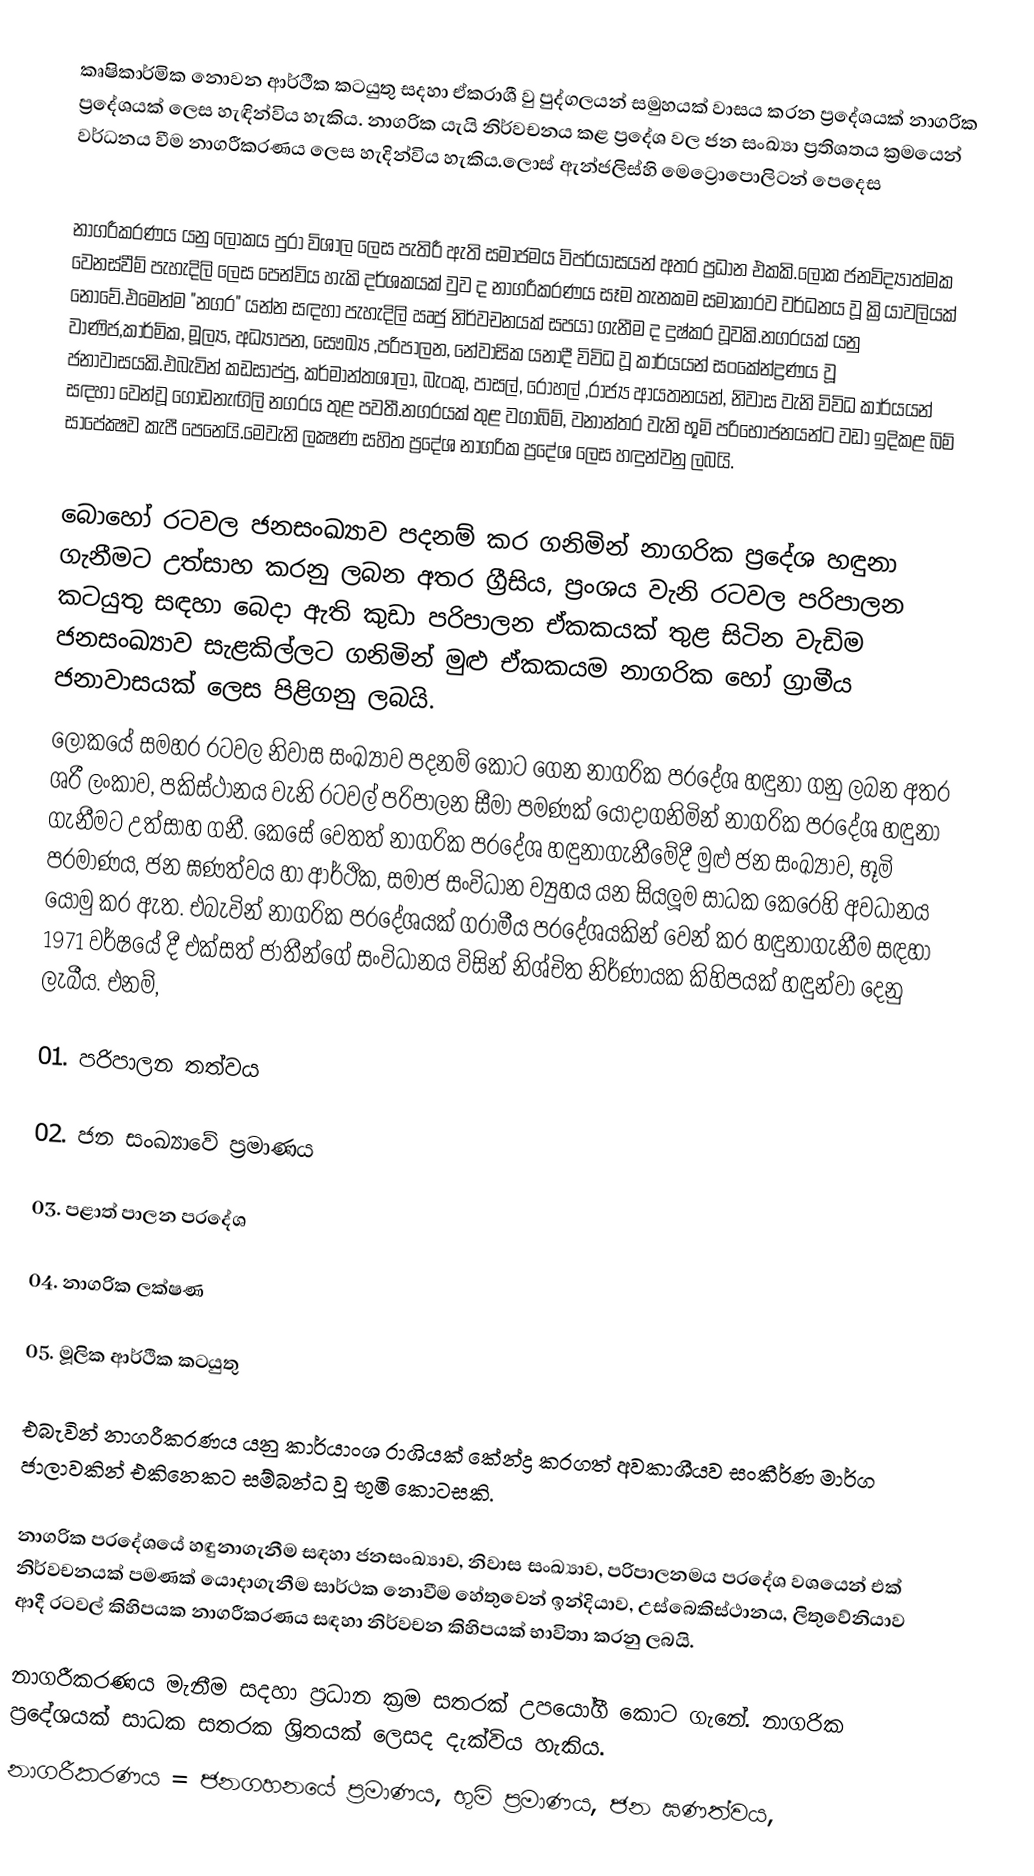
කෘෂිකාර්මික නොවන ආර්ථීක කටයුතු සදහා ඒකරාශී වු පුද්ගලයන් සමුහයක් වාසය කරන ප්‍රදේශයක් නාගරික ප්‍රදේශයක් ලෙස හැඳින්විය හැකිය. නාගරික යැයි නිර්වචනය කළ ප්‍රදේශ වල ජන සංඛ්‍යා ප්‍රතිශතය ක්‍රමයෙන් වර්ධනය වීම නාගරීකරණය ලෙස හැදින්විය හැකිය.ලොස් ඇන්ජලිස්හි මෙට්‍රොපොලිටන් පෙදෙස

නාගරීකරණය යනු ලෝකය පුරා විශාල ලෙස පැතිරී ඇති සමාජමය විපර්යාසයන් අතර ප්‍රධාන එකකි.ලෝක ජනවිද්‍යාත්මක වෙනස්‍වීම් පැහැදිලි ලෙස පෙන්විය හැකි දර්ශකයක් වුව ද නාගරීකරණය සෑම තැනකම සමාකාරව වර්ධනය වූ ක්‍රියාවලියක් නොවේ.එමෙන්ම "නගර" යන්න සඳහා පැහැදිලි ඍජු නිර්වචනයක් සපයා ගැනීම ද දුෂ්කර වූවකි.නගරයක් යනු වාණිජ,කාර්මික, මූල්‍ය, අධ්‍යාපන, සෞඛ්‍ය ,පරිපාලන, නේවාසික යනාදී විවිධ වූ කාර්යයන් සංකේන්ද්‍රණය වූ ජනාවාසයකි.එබැවින් කඩසාප්පු, කර්මාන්තශාලා, බැංකු, පාසල්, රෝහල් ,රාජ්‍ය ආයතනයන්, නිවාස වැනි විවිධ කාර්යයන් සඳහා වෙන්වූ ගොඩනැඟිලි නගරය තුළ පවතී.නගරයක් තුළ වගාබිම්, වනාන්තර වැනි භූමි පරිභෝජනයන්ට වඩා ඉදිකළ බිම් සාපේක්‍ෂව කැපී පෙනෙයි.මෙවැනි ලක්‍ෂණ සහිත ප්‍රදේශ නාගරික ප්‍රදේශ ලෙස හඳුන්වනු ලබයි.

‍බොහෝ රටවල ජනසංඛ්‍යාව පදනම් කර ගනිමින් නාගරික ප්‍රදේශ හඳුනා ගැනීමට උත්සාහ කරනු ලබන අතර ග්‍රීසිය, ප්‍රංශය වැනි ර‍ටවල පරිපාලන කටයුතු සඳහා බෙදා ඇති කුඩා පරිපාලන ඒකකයක් තුළ සිටින වැඩිම ජනසංඛ්‍යාව සැළකිල්ලට ගනිමින් මුළු ඒකකයම නාගරික හෝ ග්‍රාමීය ජනාවාසයක් ලෙස පිළිගනු ලබයි.
ලෝකයේ සමහර රටවල නිවාස සංඛ්‍යාව පදනම් කොට ගෙන නාගරික ප‍්‍රදේශ හඳුනා ගනු ලබන අතර ශ‍්‍රී ලංකාව, පකිස්ථානය වැනි රටවල් පරිපාලන සීමා පමණක් යොදාගනිමින් නාගරික ප‍්‍රදේශ හඳුනා ගැනීමට උත්සාහ ගනී. කෙසේ වෙතත් නාගරික ප‍්‍රදේශ හඳුනාගැනීමේදී මුළු ජන සංඛ්‍යාව, භූමි ප‍්‍රමාණය, ජන ඝණත්වය හා ආර්ථික, සමාජ සංවිධාන ව්‍යුහය යන සියලූම සාධක කෙරෙහි අවධානය යොමු කර ඇත. එබැවින් නාගරික ප‍්‍රදේශයක් ග‍්‍රාමීය ප‍්‍රදේශයකින් වෙන් කර හඳුනාගැනීම සඳහා 1971 වර්ෂයේ දී එක්සත් ජාතීන්ගේ සංවිධානය විසින් නිශ්චිත නිර්ණායක කිහිපයක් හඳුන්වා දෙනු ලැබීය. එනම්,

01.	පරිපාලන තත්වය

02.	ජන සංඛ්‍යාවේ ප‍්‍රමාණය

03.	පළාත් පාලන ප‍්‍රදේශ

04.	නාගරික ලක්ෂණ

05.	මූලික ආර්ථික කටයුතු

එබැවින් නාගරීකරණය යනු කාර්යාංශ රාශියක් කේන්ද්‍ර කරගත් අවකාශීයව සංකීර්ණ මාර්ග ජාලාවකින් එකිනෙකට සම්බන්ධ වූ භූමි කොටසකි.

නාගරික ප‍්‍රදේශයේ හඳුනාගැනීම සඳහා ජනසංඛ්‍යාව, නිවාස සංඛ්‍යාව, පරිපාලනමය ප‍්‍රදේශ වශයෙන් එක් නිර්වචනයක් පමණක් යොදාගැනීම සාර්ථක නොවීම හේතුවෙන් ඉන්දියාව, උස්බෙකිස්ථානය, ලිතුවේනියාව ආදී රටවල් කිහිපයක නාගරීකරණය සඳහා නිර්වචන කිහිපයක් භාවිතා කරනු ලබයි.

නාගරීකරණය මැනීම සදහා ප්‍රධාන ක්‍රම සතරක් උපයෝගී කොට ගැනේ. නාගරික ප්‍රදේශයක් සාධක සතරක ශ්‍රිතයක් ලෙසද දැක්විය හැකිය.
නාගරීකරණය =   ජනගහනයේ ප්‍රමාණය, භුමි ප්‍රමාණය, ජන ඝණත්වය,